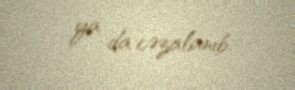
ya da cəzalanıb.